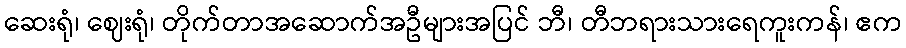
ဆေးရုံ၊ ဈေးရုံ၊ တိုက်တာအဆောက်အဦများအပြင် ဘီ၊ တီဘရားသားရေကူးကန်၊ ဧက